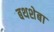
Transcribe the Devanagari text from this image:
बथशेबा